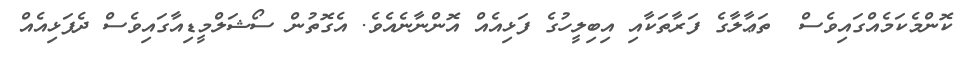
ކޮންމެކަމެއްގައިވެސް  ތަޢާލާގެ ފަރާތަކާއި އިބިލީހުގެ ފަޅިއެއް އޮންނާނެއެވެ. އެގޮތުން ސޯޝަލްމީޑިއާގައިވެސް ދެފަޅިއެއް